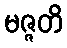
မဇ္ဇတိ